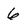
Character: 6